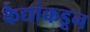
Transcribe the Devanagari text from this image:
कैद्यांकडून